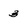
Character: 3